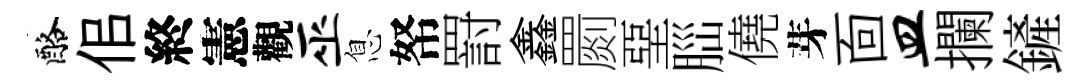
酪佀終憲觀巫息帑罸鑫罽堊𦛁僥芽靣皿攔鏟